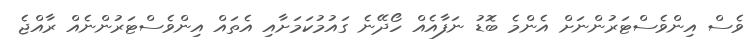
ވެސް އިންވެސްޓަރުންނަށް އެންމެ ބޮޑު ނަފާއެއް ހޯދޭނެ ގައުމުކަމަށާއި އެތައް އިންވެސްޓަރުންނެއް ރާއްޖެ